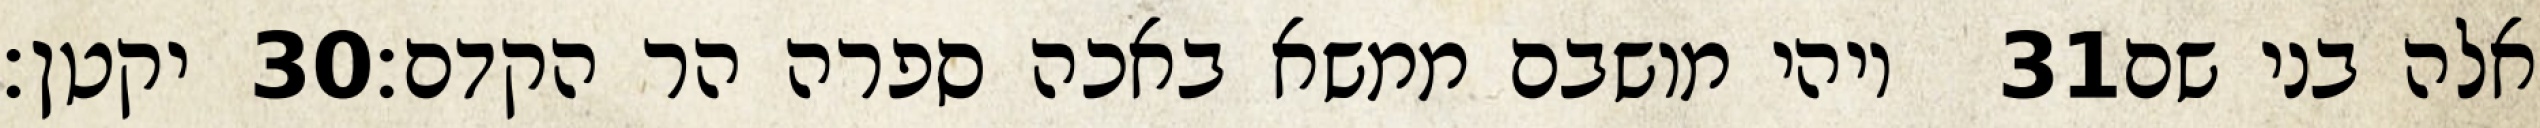
יקטן׃ ‎30‏ ויהי מושבם ממשא באכה ספרה הר הקדם׃ ‎31‏ אלה בני שם